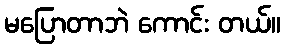
မပြောတာဘဲ ကောင်း တယ်။